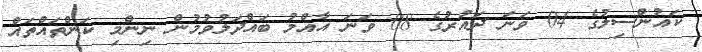
ކައުންސިލުގެ 04 ވަނަ ދައުރުގެ 08 ވަނަ އާއްމު ބައްދަލުވުމުން ނިންމި ކަންތައްތައް